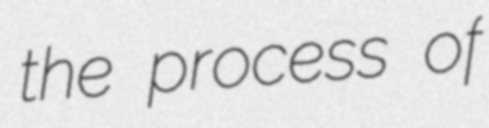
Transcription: the process of